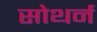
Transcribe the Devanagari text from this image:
सोथर्न